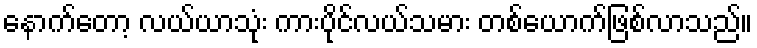
နောက်တော့ လယ်ယာသုံး ကားပိုင်လယ်သမား တစ်ယောက်ဖြစ်လာသည်။